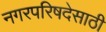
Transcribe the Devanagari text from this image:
नगरपरिषदेसाठी